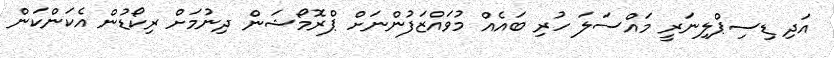
އަދި ޑިސިޕްލިނަރީ މައްސަލަ ހުރި ބައެއް މުވައްޒަފުންނަށް ޕްރޮމޯޝަން ދިނުމަށް ރިކޯޑުން އެކަންކަން